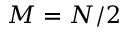
M = N / 2